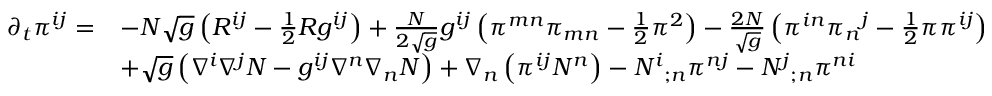
{ \begin{array} { r l } { \partial _ { t } \pi ^ { i j } = } & { - N { \sqrt { g } } \left( R ^ { i j } - { \frac { 1 } { 2 } } R g ^ { i j } \right) + { \frac { N } { 2 { \sqrt { g } } } } g ^ { i j } \left( \pi ^ { m n } \pi _ { m n } - { \frac { 1 } { 2 } } \pi ^ { 2 } \right) - { \frac { 2 N } { \sqrt { g } } } \left( \pi ^ { i n } { \pi _ { n } } ^ { j } - { \frac { 1 } { 2 } } \pi \pi ^ { i j } \right) } \\ & { + { \sqrt { g } } \left( \nabla ^ { i } \nabla ^ { j } N - g ^ { i j } \nabla ^ { n } \nabla _ { n } N \right) + \nabla _ { n } \left( \pi ^ { i j } N ^ { n } \right) - { N ^ { i } } _ { ; n } \pi ^ { n j } - { N ^ { j } } _ { ; n } \pi ^ { n i } } \end{array} }